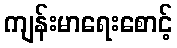
ကျန်းမာရေးစောင့်